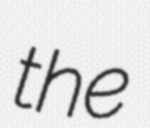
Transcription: the